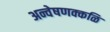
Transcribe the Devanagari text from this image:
अन्वेषणक्कळि